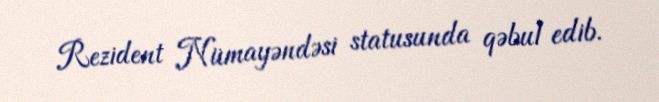
Rezident Nümayəndəsi statusunda qəbul edib.